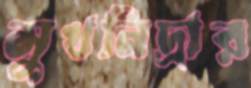
সুখনিদ্রার